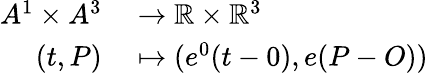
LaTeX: \begin{array}{rl}{A^{1}\times A^{3}}&{{}\to\mathbb R\times\mathbb R^{3}}\\ {(t,P)}&{{}\mapsto(e^{0}(t-0),e(P-O))}\end{array}